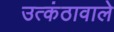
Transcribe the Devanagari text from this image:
उत्कंठावाले